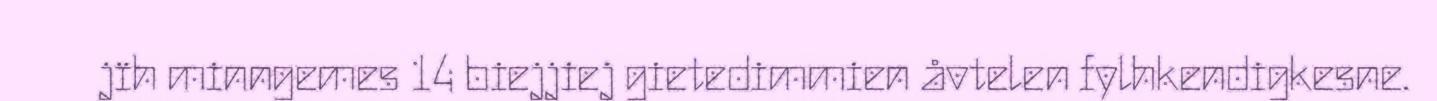
jïh minngemes 14 biejjiej gietedimmien åvtelen fylhkendigkesne.